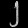
Digit: ၂